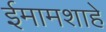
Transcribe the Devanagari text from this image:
ईमामशाहे